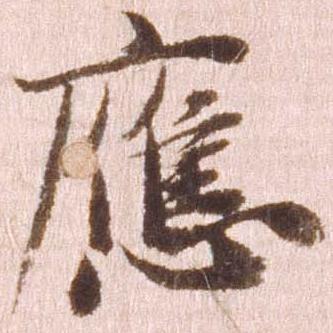
応